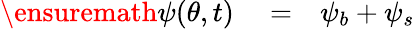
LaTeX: \begin{array}{rlr}{\ensuremath{\psi(\theta,t)}}&{{}=}&{\psi_{b}+\psi_{s}}\end{array}